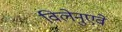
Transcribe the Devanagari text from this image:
विलेनुएवे